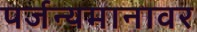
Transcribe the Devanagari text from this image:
पर्जन्यमानावर